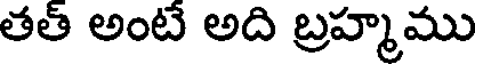
తత్ అంటే అది బ్రహ్మము